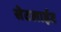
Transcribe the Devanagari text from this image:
सेटलाईट